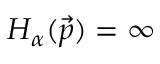
H _ { \alpha } ( \vec { p } ) = \infty